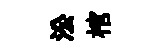
㳂棺